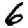
Digit: 6